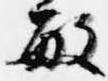
敏